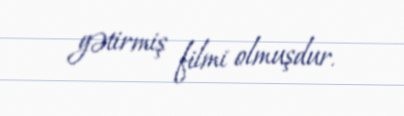
gətirmiş filmi olmuşdur.